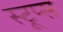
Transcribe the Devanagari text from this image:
स्टूप्स